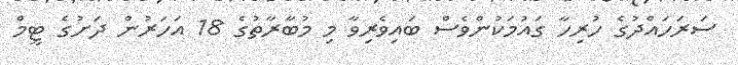
ސަރަހައްދުގެ ހުރިހާ ގައުމަކުންވެސް ބައިވެރިވާ މި މުބާރާތުގެ 18 އަހަރުން ދަށުގެ ޓީމް